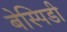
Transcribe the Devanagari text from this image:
बेस्पिडी